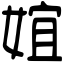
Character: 𡝮